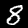
Label: 8